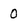
Character: 0